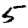
Digit: 5